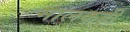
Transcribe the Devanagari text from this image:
मालकही